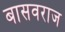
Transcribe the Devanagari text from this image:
बासवराज